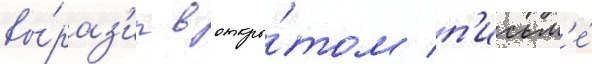
вы́раз'ил в откры́том п'исьм'е́